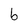
Character: b